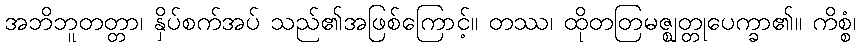
အဘိဘူတတ္တာ၊ နှိပ်စက်အပ် သည်၏အဖြစ်ကြောင့်။ တဿ၊ ထိုတတြမဇ္ဈတ္တုပေက္ခာ၏။ ကိစ္စံ၊